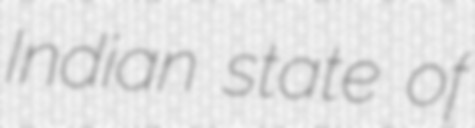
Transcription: Indian state of